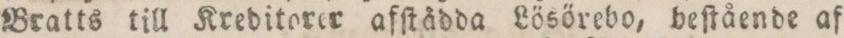
Bratts till Kreditorer afſtådda Lösörebo, beſtående af